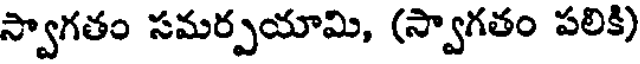
స్వాగతం సమర్పయామి, (స్వాగతం పలికి)